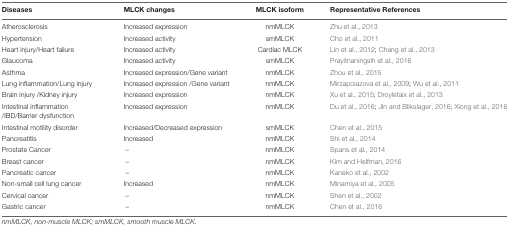
| Diseases | MLCK changes | MLCK isoform | Representative References |
 | --- | --- | --- | --- |
 | Atherosclerosis | Increased expression | nmMLCK | Zhu et al., 2013 |
 | Hypertension | Increased activity | smMLCK | Cho et al., 2011 |
 | Heart injury/Heart failure | Increased activity | Cardiac MLCK | Lin et al., 2012; Chang et al., 2013 |
 | Glaucoma | Increased activity | smMLCK | Prayitnaningsih et al., 2016 |
 | Asthma | Increased expression/Gene variant | nmMLCK | Zhou et al., 2015 |
 | Lung inflammation/Lung injury | Increased expression /Gene variant | nmMLCK | Mirzapoiazova et al., 2009; Wu et al., 2011 |
 | Brain injury /Kidney injury | Increased expression | nmMLCK | Xu et al., 2015; Droylefaix et al., 2013 |
 | Intestinal inflammation /IBD/Barrier dysfunction | Increased expression | nmMLCK | Du et al., 2016; Jin and Blikslager, 2016; Xiong et al., 2016 |
 | Intestinal motility disorder | Increased/Decreased expression | smMLCK | Chen et al., 2015 |
 | Pancreatitis | Increased | nmMLCK | Shi et al., 2014 |
 | Prostate Cancer | – | nmMLCK | Spans et al., 2014 |
 | Breast cancer | – | nmMLCK | Kim and Helfman, 2016 |
 | Pancreatic cancer | – | nmMLCK | Kaneko et al., 2002 |
 | Non-small cell lung cancer | Increased | nmMLCK | Minamiya et al., 2005 |
 | Cervical cancer | – | nmMLCK | Shen et al., 2002 |
 | Gastric cancer | – | nmMLCK | Chen et al., 2016 |